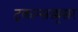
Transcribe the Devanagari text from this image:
ट्कान्सड्यूसर